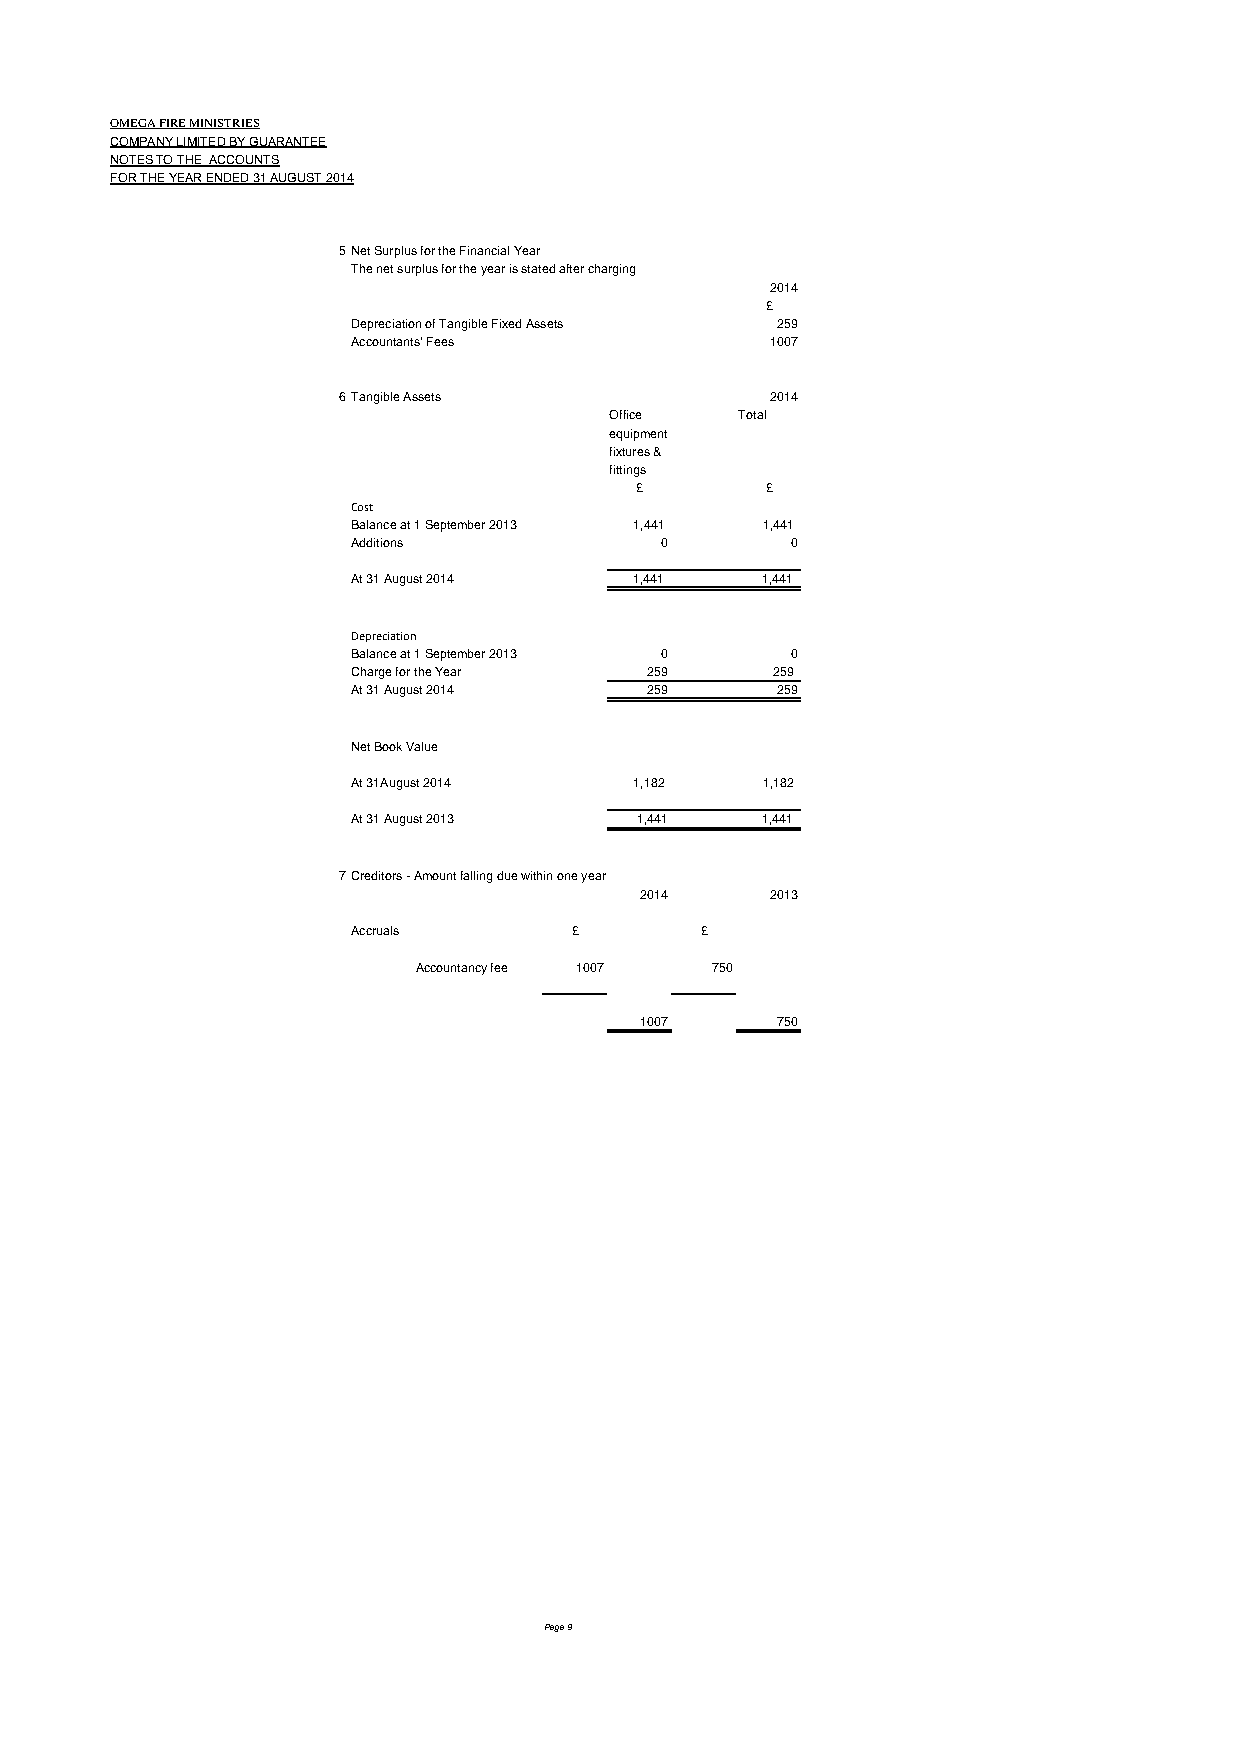
OMEGA FIRE MINISTRIES
 COMPANY LIMITED BY GUARANTEE
 NOTES TO THE ACCOUNTS
 FOR THE YEAR ENDED 31 AUGUST 2014
 5Net Surplus for the Financial Year
 The net surplus for the year is stated after charging
 2014
 £
 Depreciation of Tangible Fixed Assets 259
 Accountants' Fees           1007
 6Tangible Assets             2014
 Office   Total
 equipment
 fixtures &
 fittings
 £        £
 Cost
 Balance at 1 September 2013 1,441 1,441
 Additions            0       0
 At 31 August 2014  1,441   1,441
 Depreciation
 Balance at 1 September 2013 0 0
 Charge for the Year 259     259
 At 31 August 2014   259     259
 Net Book Value
 At 31August 2014   1,182   1,182
 At 31 August 2013  1,441   1,441
 7Creditors - Amount falling due within one year
 2014     2013
 Accruals       £       £
 Accountancy fee 1007 750
 1007     750
 Page 9